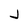
Character: J